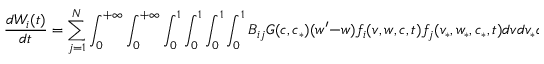
\frac { d W _ { i } ( t ) } { d t } = \sum _ { j = 1 } ^ { N } \int _ { 0 } ^ { + \infty } \int _ { 0 } ^ { + \infty } \int _ { 0 } ^ { 1 } \int _ { 0 } ^ { 1 } \int _ { 0 } ^ { 1 } \int _ { 0 } ^ { 1 } B _ { i j } G ( c , c _ { * } ) ( w ^ { \prime } - w ) f _ { i } ( v , w , c , t ) f _ { j } ( v _ { * } , w _ { * } , c _ { * } , t ) d v d v _ { * } d w d w _ { * } d c d c _ { * } \, .